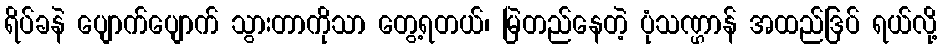
ရိပ်ခနဲ ပျောက်ပျောက် သွားတာကိုသာ တွေ့ရတယ်၊ မြဲတည်နေတဲ့ ပုံသဏ္ဌာန် အထည်ဒြပ် ရယ်လို့